Lunatic asylums Central Provinces reports 1886-1894 - 1886-1894
Year: 1886
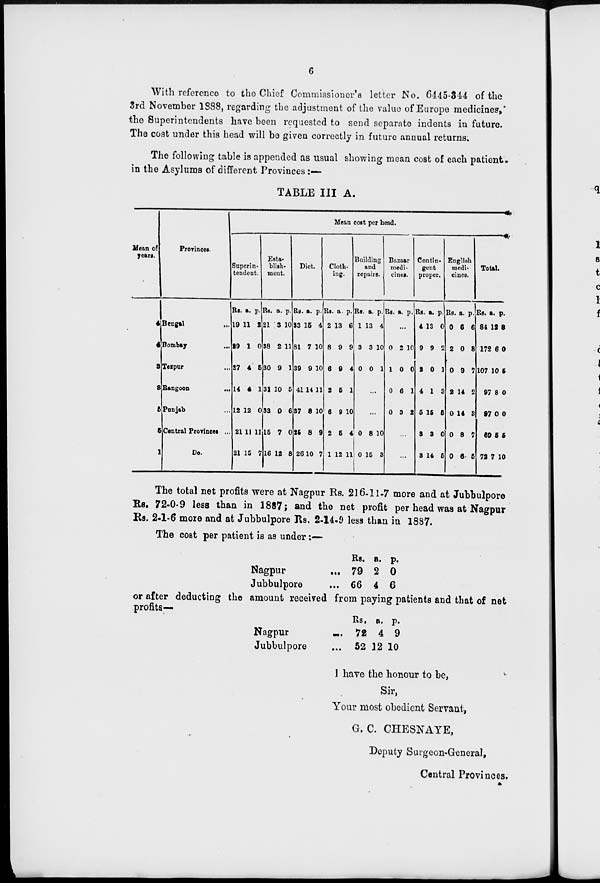
6
With reference to the Chief Commissioner's letter No. 6445-344 of the
3rd November 1888, regarding the adjustment of the value of Europe medicines,
the Superintendents have been requested to send separate indents in future.
The cost under this head will be given correctly in future annual returns.
The following table is appended as usual showing mean cost of each patient.
in the Asylums of different Provinces :—
TABLE III A.
Mean of
years.
4
4
3
2
5
5
1
Provinces.
Bengal
...
Bombay ...
Tezpur ...
Rangoon ...
Punjab ...
Central Provinces ...
Do.
Mean cost per head.
Superin-
tendent.
Rs.
19
29
27
14
12
21
21
a.
11
1
4
4
12
11
15
p.
2
0
6
1
0
11
7
Esta-
blish-
ment.
Rs.
21
38
30
31
33
15
16
a.
3
2
9
10
0
7
12
p.
10
11
1
5
6
0
8
Diet.
Rs.
33
81
39
41
37
25
26
a.
15
7
9
14
8
8
10
p.
4
10
10
11
10
9
7
Cloth-
ing.
Rs.
2
8
6
2
6
2
1
a.
13
9
9
5
9
5
12
p.
6
9
4
1
10
4
11
Building
and
repairs.
Rs.
1
3
0
a.
13
3
0
p.
4
10
1
...
...
0
0
8
15
10
3
Bazaar
medi-
cines.
Rs. a. p.
...
0
1
0
0
2
0
6
3
10
0
1
2
...
...
Contin-
gent
proper.
Rs.
4
9
2
4
6
8
3
a.
3
9
0
1
15
3
14
p.
0
2
1
3
5
0
5
English
medi-
cines.
Rs.
0
2
0
2
0
0
0
a.
6
0
9
14
14
8
6
p.
6
8
7
2
3
7
5
Total.
Rs.
84
172
107
97
97
69
72
a.
12
6
10
8
0
5
7
p.
8
0
5
0
0
5
10
The total net profits were at Nagpur Rs. 216-11-7 more and at Jubbulpore
Rs. 72-0-9 less than in 1887; and the net profit per head was at Nagpur
Rs. 2-1-6 more and at Jubbulpore Rs. 2-14.9 less than in 1887.
The cost per patient is as under:—
Nagpur
...
Jubbulpore ...
Rs.
79
66
a.
2
4
p.
0
6
or after deducting the amount received from paying patients and that of net
profits—
Nagpur
...
Jubbulpore ...
Rs.
72
52
a.
4
12
p.
9
10
I have the honour to be,
Sir,
Your most obedient Servant,
G. C. CHESNAYE,
Deputy Surgeon-General,
Central Provinces.